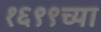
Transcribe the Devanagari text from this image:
१६९९च्या